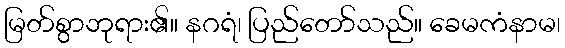
မြတ်စွာဘုရား၏။ နဂရံ၊ ပြည်တော်သည်။ ခေမကံနာမ၊